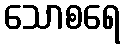
သောစရေ